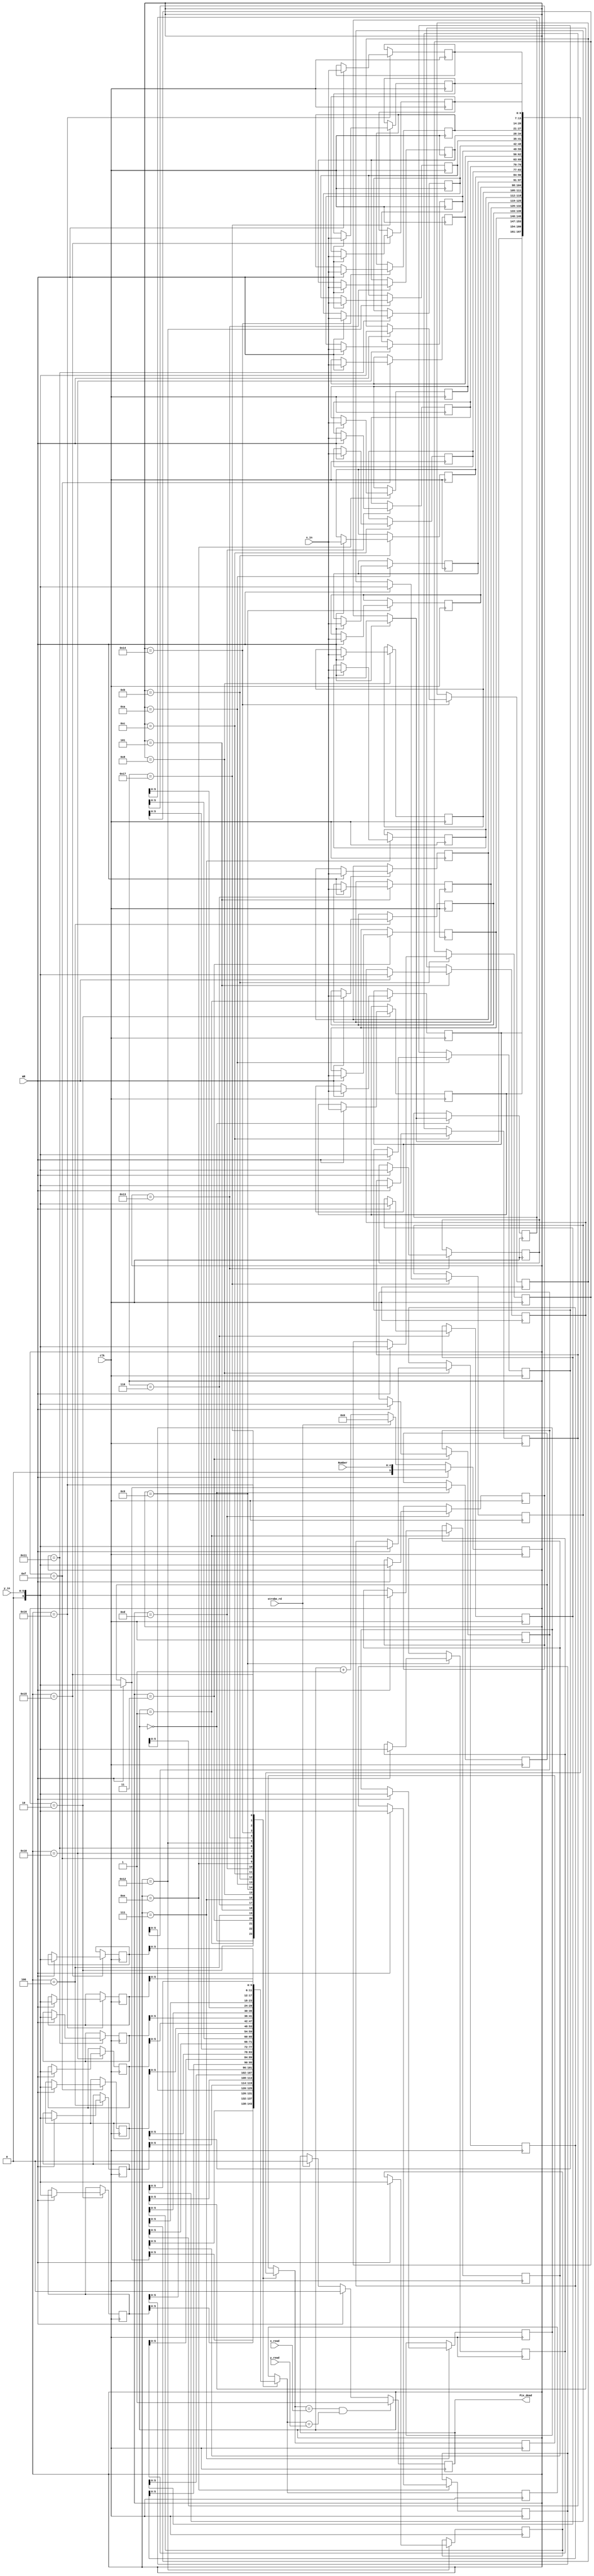
module Dead_Compare(
	input wire clk,
	input wire WR,
	input wire [6:0] x_in,
	input wire [5:0] y_in,
	input wire [4:0] Number,
	input wire [6:0] x_read,
	input wire [5:0] y_read,
	input wire strobe_rd,
	output reg Pix_dead
	);
reg [6:0] deadPix0_x = 7'd100;
reg [6:0]deadPix1_x = 7'd100;
reg [6:0]deadPix2_x = 7'd100;
reg [6:0]deadPix3_x = 7'd100;
reg [6:0]deadPix4_x = 7'd100;
reg [6:0]deadPix5_x = 7'd100;
reg [6:0]deadPix6_x = 7'd100;
reg [6:0]deadPix7_x = 7'd100;
reg [6:0]deadPix8_x = 7'd100;
reg [6:0]deadPix9_x = 7'd100;
reg [6:0]deadPix10_x = 7'd100;
reg [6:0]deadPix11_x = 7'd100;
reg [6:0]deadPix12_x = 7'd100;
reg [6:0]deadPix13_x = 7'd100;
reg [6:0]deadPix14_x = 7'd100;
reg [6:0]deadPix15_x = 7'd100;
reg [6:0]deadPix16_x = 7'd100;
reg [6:0]deadPix17_x = 7'd100;
reg [6:0]deadPix18_x = 7'd100;
reg [6:0]deadPix19_x = 7'd100;
reg [6:0]deadPix20_x = 7'd100;
reg [6:0]deadPix21_x = 7'd100;
reg [6:0]deadPix22_x = 7'd100;
reg [6:0]deadPix23_x = 7'd100;
reg [6:0]deadPix0_y = 6'd0;
reg [6:0]deadPix1_y = 6'd0;
reg [6:0]deadPix2_y = 6'd0;
reg [6:0]deadPix3_y = 6'd0;
reg [6:0]deadPix4_y = 6'd0;
reg [6:0]deadPix5_y = 6'd0;
reg [6:0]deadPix6_y = 6'd0;
reg [6:0]deadPix7_y = 6'd0;
reg [6:0]deadPix8_y = 6'd0;
reg [6:0]deadPix9_y = 6'd0;
reg [6:0]deadPix10_y = 6'd0;
reg [6:0]deadPix11_y = 6'd0;
reg [6:0]deadPix12_y = 6'd0;
reg [6:0]deadPix13_y = 6'd0;
reg [6:0]deadPix14_y = 6'd0;
reg [6:0]deadPix15_y = 6'd0;
reg [6:0]deadPix16_y = 6'd0;
reg [6:0]deadPix17_y = 6'd0;
reg [6:0]deadPix18_y = 6'd0;
reg [6:0]deadPix19_y = 6'd0;
reg [6:0]deadPix20_y = 6'd0;
reg [6:0]deadPix21_y = 6'd0;
reg [6:0]deadPix22_y = 6'd0;
reg [6:0]deadPix23_y = 6'd0;
reg [6:0] compare_x = 7'd90;
reg [5:0] compare_y = 6'd0;
reg [5:0] Num = 0;
	
always @(posedge clk) begin
if (WR==1) begin
	Num <= Number;
	Pix_dead <=0;
	end
else begin
	if (strobe_rd==1) begin
		Pix_dead <=0;
		Num <= 0;
	end
	else
		Num<=Num+1;
end;		

case(Num)
	//   EEPROM        
	0: begin 
		if (WR==1) begin 
			deadPix0_x = x_in;
			deadPix0_y = y_in; 
		end;
		compare_x = deadPix0_x;
		compare_y = deadPix0_y;
	end
	1: begin 
		if (WR==1) begin 
			deadPix1_x <= x_in;
			deadPix1_y<=y_in; 
		end;
		compare_x = deadPix1_x;
		compare_y = deadPix1_y;
	end
	2: begin 
		if (WR==1) begin 
			deadPix2_x <= x_in;
			deadPix2_y<=y_in; 
		end;
		compare_x = deadPix2_x;
		compare_y = deadPix2_y;
	end	
	3: begin 
		if (WR==1) begin 
			deadPix3_x <= x_in;
			deadPix3_y<=y_in; 
		end;
		compare_x = deadPix3_x;
		compare_y = deadPix3_y;
	end	
	4: begin 
		if (WR==1) begin 
			deadPix4_x <= x_in;
			deadPix4_y<=y_in; 
		end;
		compare_x = deadPix4_x;
		compare_y = deadPix4_y;
	end	
	5: begin 
		if (WR==1) begin 
			deadPix5_x <= x_in;
			deadPix5_y<=y_in; 
		end;
		compare_x = deadPix5_x;
		compare_y = deadPix5_y;
	end	
	6: begin 
		if (WR==1) begin 
			deadPix6_x <= x_in;
			deadPix6_y<=y_in; 
		end;
		compare_x = deadPix6_x;
		compare_y = deadPix6_y;
	end	
	7: begin 
		if (WR==1) begin 
			deadPix7_x <= x_in;
			deadPix7_y<=y_in; 
		end;
		compare_x = deadPix7_x;
		compare_y = deadPix7_y;
	end	
	8: begin 
		if (WR==1) begin 
			deadPix8_x <= x_in;
			deadPix8_y<=y_in; 
		end;
		compare_x = deadPix8_x;
		compare_y = deadPix8_y;
	end	
	9: begin 
		if (WR==1) begin 
			deadPix9_x <= x_in;
			deadPix9_y<=y_in; 
		end;
		compare_x = deadPix9_x;
		compare_y = deadPix9_y;
	end	
	10: begin 
		if (WR==1) begin 
			deadPix10_x <= x_in;
			deadPix10_y<=y_in; 
		end;
		compare_x = deadPix10_x;
		compare_y = deadPix10_y;
	end	
	10: begin 
		if (WR==1) begin 
			deadPix10_x <= x_in;
			deadPix10_y<=y_in; 
		end;
		compare_x = deadPix10_x;
		compare_y = deadPix10_y;
	end
	11: begin 
		if (WR==1) begin 
			deadPix11_x <= x_in;
			deadPix11_y<=y_in; 
		end;
		compare_x = deadPix11_x;
		compare_y = deadPix11_y;
	end	
	12: begin 
		if (WR==1) begin 
			deadPix12_x <= x_in;
			deadPix12_y<=y_in; 
		end;
		compare_x = deadPix12_x;
		compare_y = deadPix12_y;
	end	
	13: begin 
		if (WR==1) begin 
			deadPix13_x <= x_in;
			deadPix13_y<=y_in; 
		end;
		compare_x = deadPix13_x;
		compare_y = deadPix13_y;
	end	
	14: begin 
		if (WR==1) begin 
			deadPix14_x <= x_in;
			deadPix14_y<=y_in; 
		end;
		compare_x = deadPix14_x;
		compare_y = deadPix14_y;
	end	
	15: begin 
		if (WR==1) begin 
			deadPix15_x <= x_in;
			deadPix15_y<=y_in; 
		end;
		compare_x = deadPix15_x;
		compare_y = deadPix15_y;
	end	
	16: begin 
		if (WR==1) begin 
			deadPix16_x <= x_in;
			deadPix16_y<=y_in; 
		end;
		compare_x = deadPix16_x;
		compare_y = deadPix16_y;
	end
	17: begin 
		if (WR==1) begin 
			deadPix17_x <= x_in;
			deadPix17_y<=y_in; 
		end;
		compare_x = deadPix17_x;
		compare_y = deadPix17_y;
	end
	18: begin 
		if (WR==1) begin 
			deadPix18_x <= x_in;
			deadPix18_y<=y_in; 
		end;
		compare_x = deadPix18_x;
		compare_y = deadPix18_y;
	end	
	19: begin 
		if (WR==1) begin 
			deadPix19_x <= x_in;
			deadPix19_y<=y_in; 
		end;
		compare_x = deadPix19_x;
		compare_y = deadPix19_y;
	end	
	20: begin 
		if (WR==1) begin 
			deadPix20_x <= x_in;
			deadPix20_y<=y_in; 
		end;
		compare_x = deadPix20_x;
		compare_y = deadPix20_y;
	end
	21: begin 
		if (WR==1) begin 
			deadPix21_x <= x_in;
			deadPix21_y<=y_in; 
		end;
		compare_x = deadPix21_x;
		compare_y = deadPix21_y;
	end	
	22: begin 
		if (WR==1) begin 
			deadPix22_x <= x_in;
			deadPix22_y<=y_in; 
		end;
		compare_x = deadPix22_x;
		compare_y = deadPix22_y;
	end	
	23: begin 
		if (WR==1) begin 
			deadPix23_x <= x_in;
			deadPix23_y<=y_in; 
		end;
		compare_x = deadPix23_x;
		compare_y = deadPix23_y;
	end	
endcase;
if ((compare_x == x_read) && (compare_y == y_read))
	Pix_dead <=1;

end
endmodule